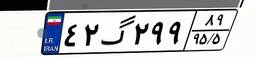
۰۲گ۲۰۰۳۵